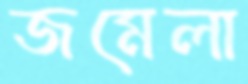
জমেলা